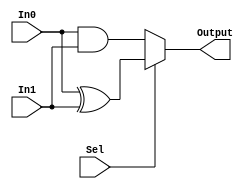
module ANDXOR (Output, In0, In1, Sel);

 output Output;
 input In0, In1, Sel;
 wire Output;
 
 //if Sel=0 => AND, if Sel=1 => XOR
 assign Output = (Sel == 1'b0) ? In0&In1 : In0^In1;
 
endmodule